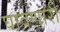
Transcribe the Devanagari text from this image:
घावणारी